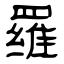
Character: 羅